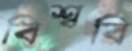
বিশ্ববি